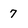
Character: 7